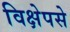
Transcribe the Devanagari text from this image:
विक्षेपसे